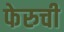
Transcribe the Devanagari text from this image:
फेरुची